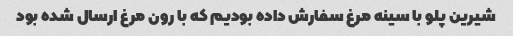
شیرین پلو با سینه مرغ سفارش داده بودیم که با رون مرغ ارسال شده بود